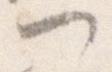
つ